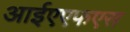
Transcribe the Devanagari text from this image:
आईएएफएस